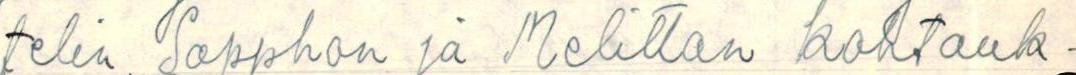
telin Sapphon ja Melittan kohtauk-